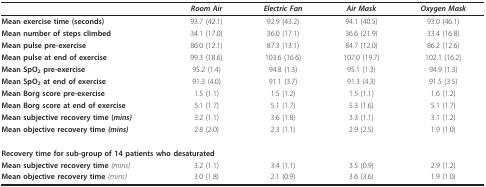
|  | Room Air | Electric Fan | Air Mask | Oxygen Mask |
 | --- | --- | --- | --- | --- |
 | Mean exercise time (seconds) | 93.7 (42.1) | 92.9 (43.2) | 94.1 (40.5) | 93.0 (46.1) |
 | Mean number of steps climbed | 34.1 (17.0) | 36.0 (17.1) | 36.6 (21.9) | 33.4 (16.8) |
 | Mean pulse pre-exercise | 86.0 (12.1) | 87.3 (13.1) | 84.7 (12.0) | 86.2 (12.6) |
 | Mean pulse at end of exercise | 99.3 (18.6) | 103.6 (16.6) | 107.0 (19.7) | 102.1 (16.2) |
 | Mean SpO2 pre-exercise | 95.2 (1.4) | 94.8 (1.3) | 95.1 (1.3) | 94.9 (1.3) |
 | Mean SpO2 at end of exercise | 91.3 (4.0) | 91.1 (3.7) | 91.3 (4.3) | 91.5 (3.5) |
 | Mean Borg score pre-exercise | 1.5 (1.1) | 1.5 (1.2) | 1.5 (1.1) | 1.6 (1.2) |
 | Mean Borg score at end of exercise | 5.1 (1.7) | 5.1 (1.7) | 5.3 (1.6) | 5.1 (1.7) |
 | Mean subjective recovery time (mins) | 3.2 (1.1) | 3.6 (1.8) | 3.3 (1.1) | 3.1 (1.2) |
 | Mean objective recovery time (mins) | 2.8 (2.0) | 2.3 (1.1) | 2.9 (2.5) | 1.9 (1.0) |
 | <COLSPAN=5> Recovery time for sub-group of 14 patients who desaturated |
 | Mean subjective recovery time (mins) | 3.2 (1.1) | 3.4 (1.1) | 3.5 (0.9) | 2.9 (1.2) |
 | Mean objective recovery time (mins) | 3.0 (1.8) | 2.1 (0.9) | 3.6 (3.6) | 1.9 (1.0) |